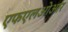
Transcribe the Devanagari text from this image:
एफएलओआर